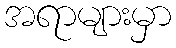
အရာများမှာ